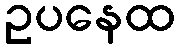
ဥပနေထ